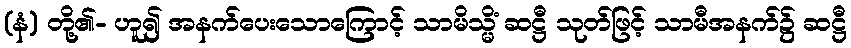
(နံ) တို့၏- ဟူ၍ အနက်ပေးသောကြောင့် သာမိသ္မိံ ဆဋ္ဌီ သုတ်ဖြင့် သာမီအနက်၌ ဆဋ္ဌီ